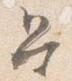
召